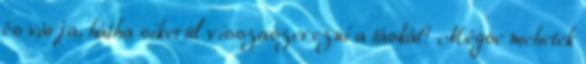
és várja, hátha sikerül visszaszerezni a táskát? Mégse mehetek